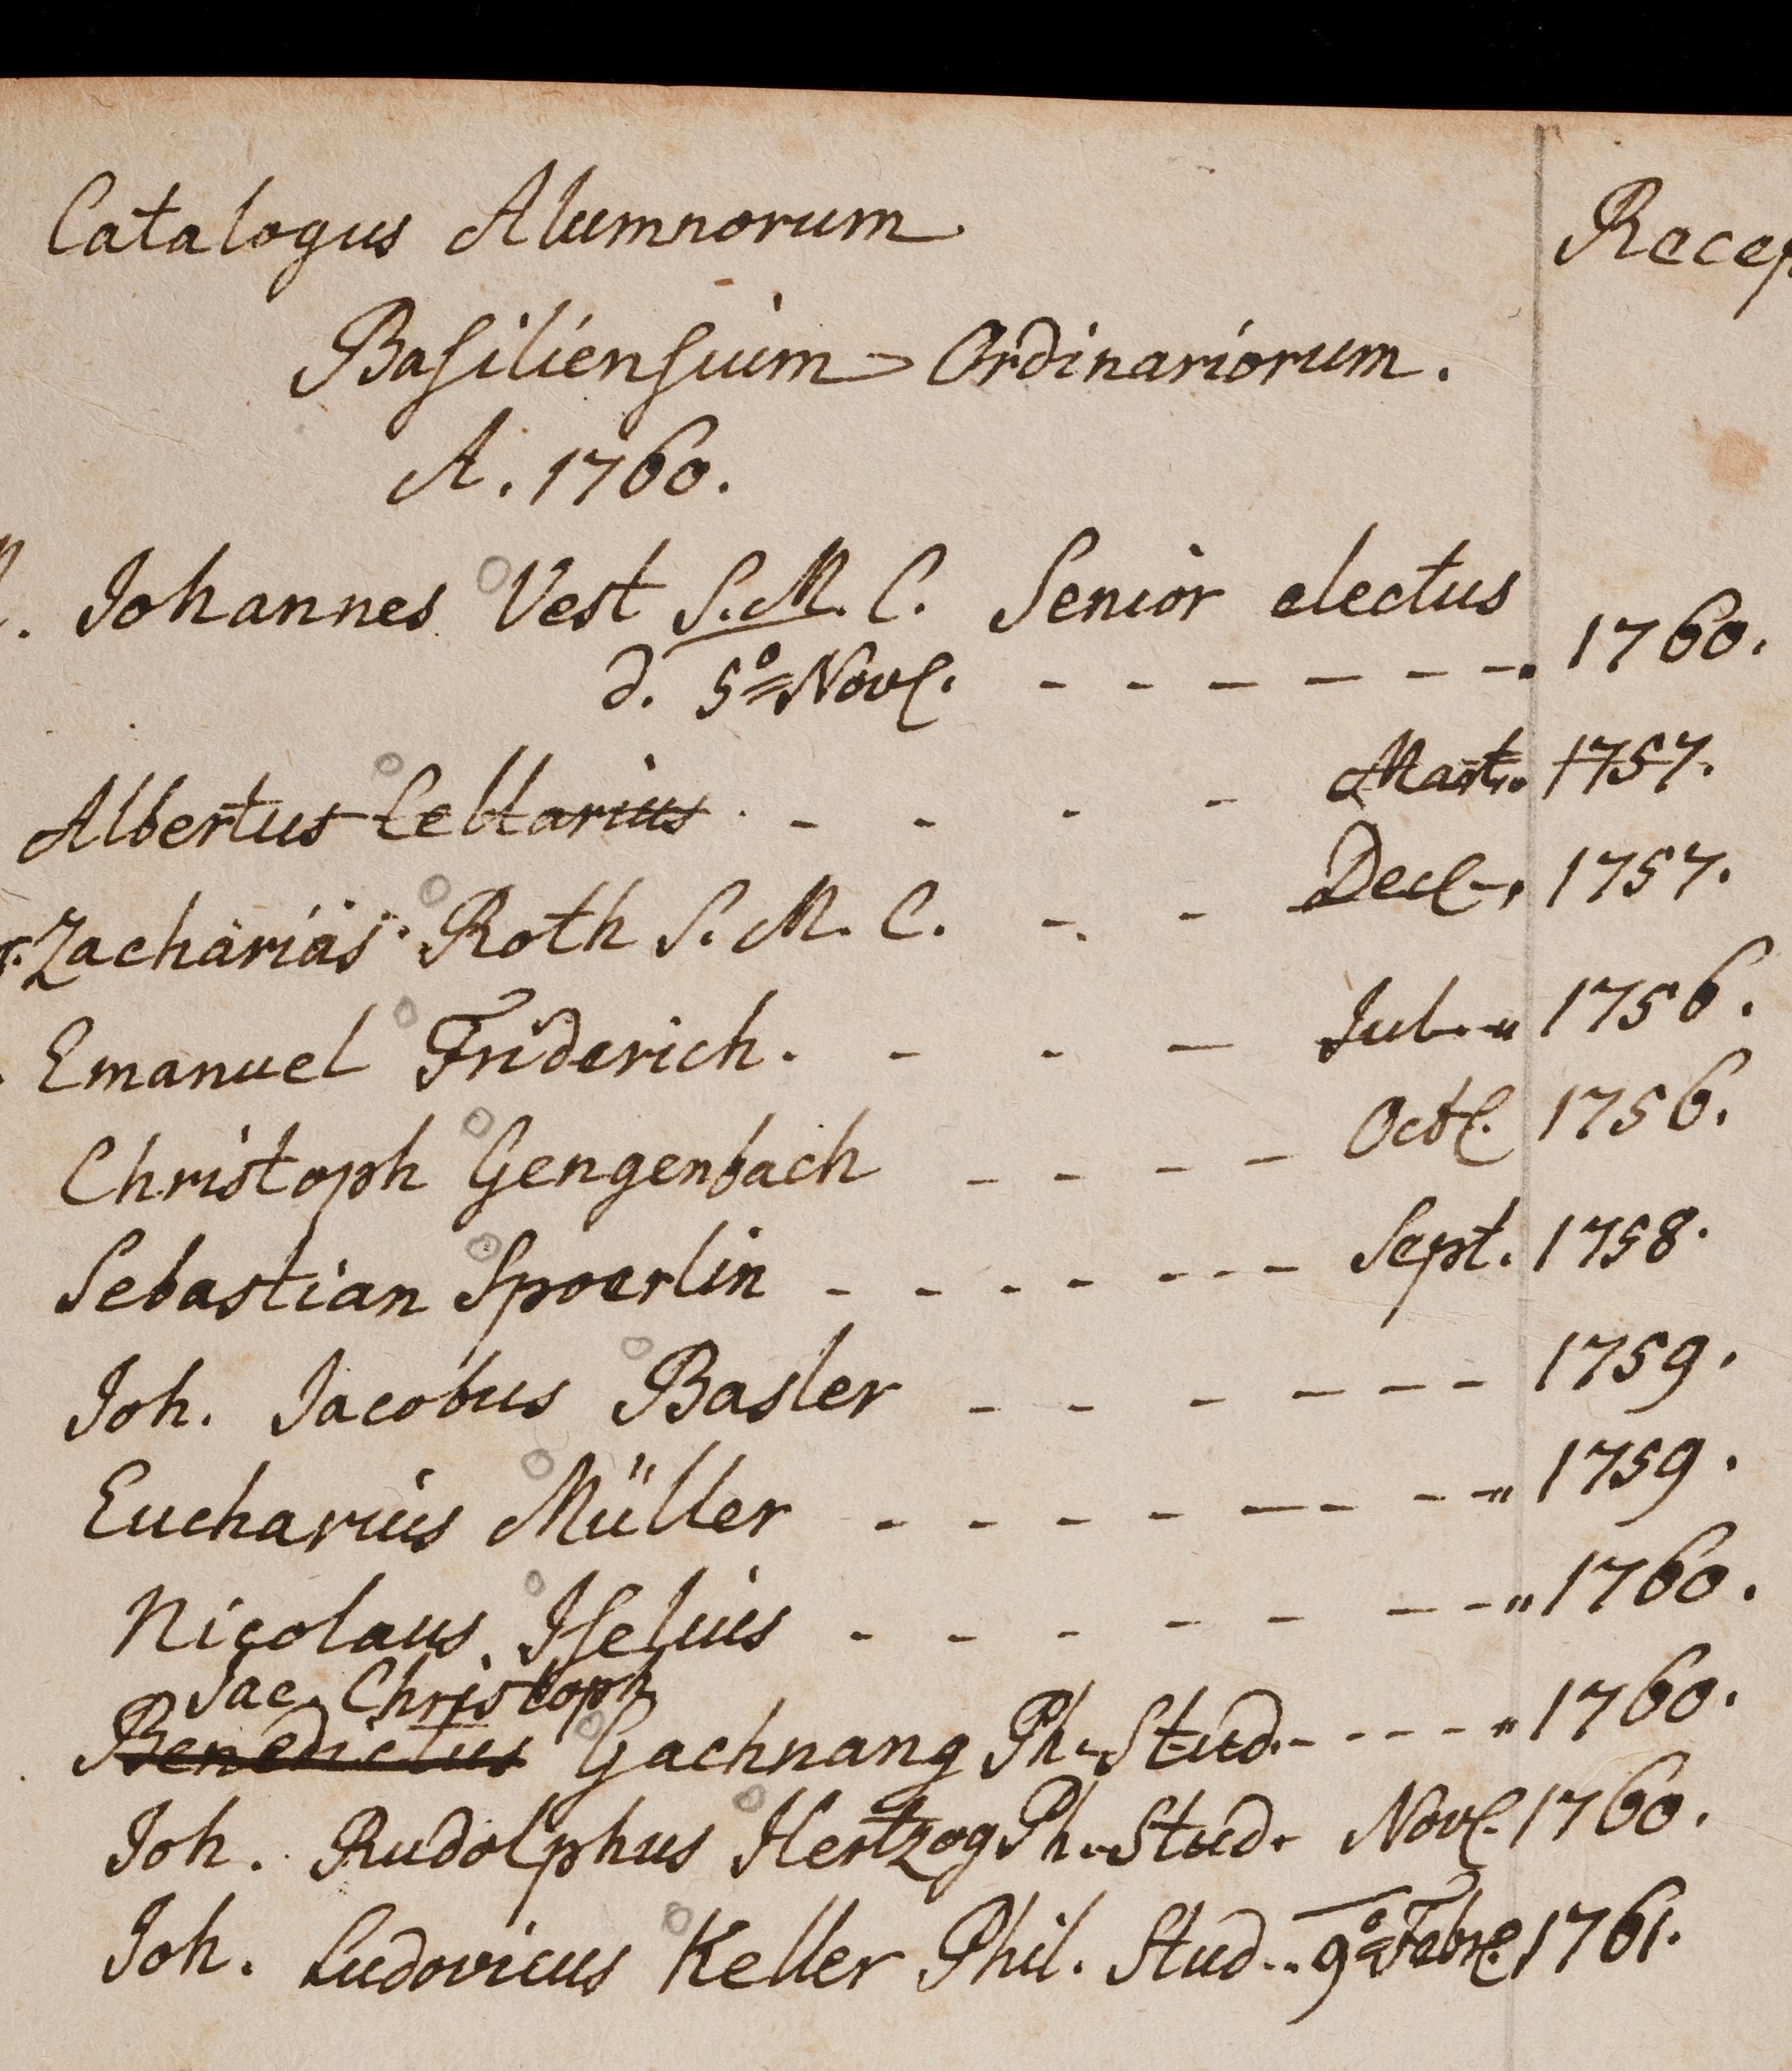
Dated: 1599–1789